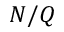
N / Q